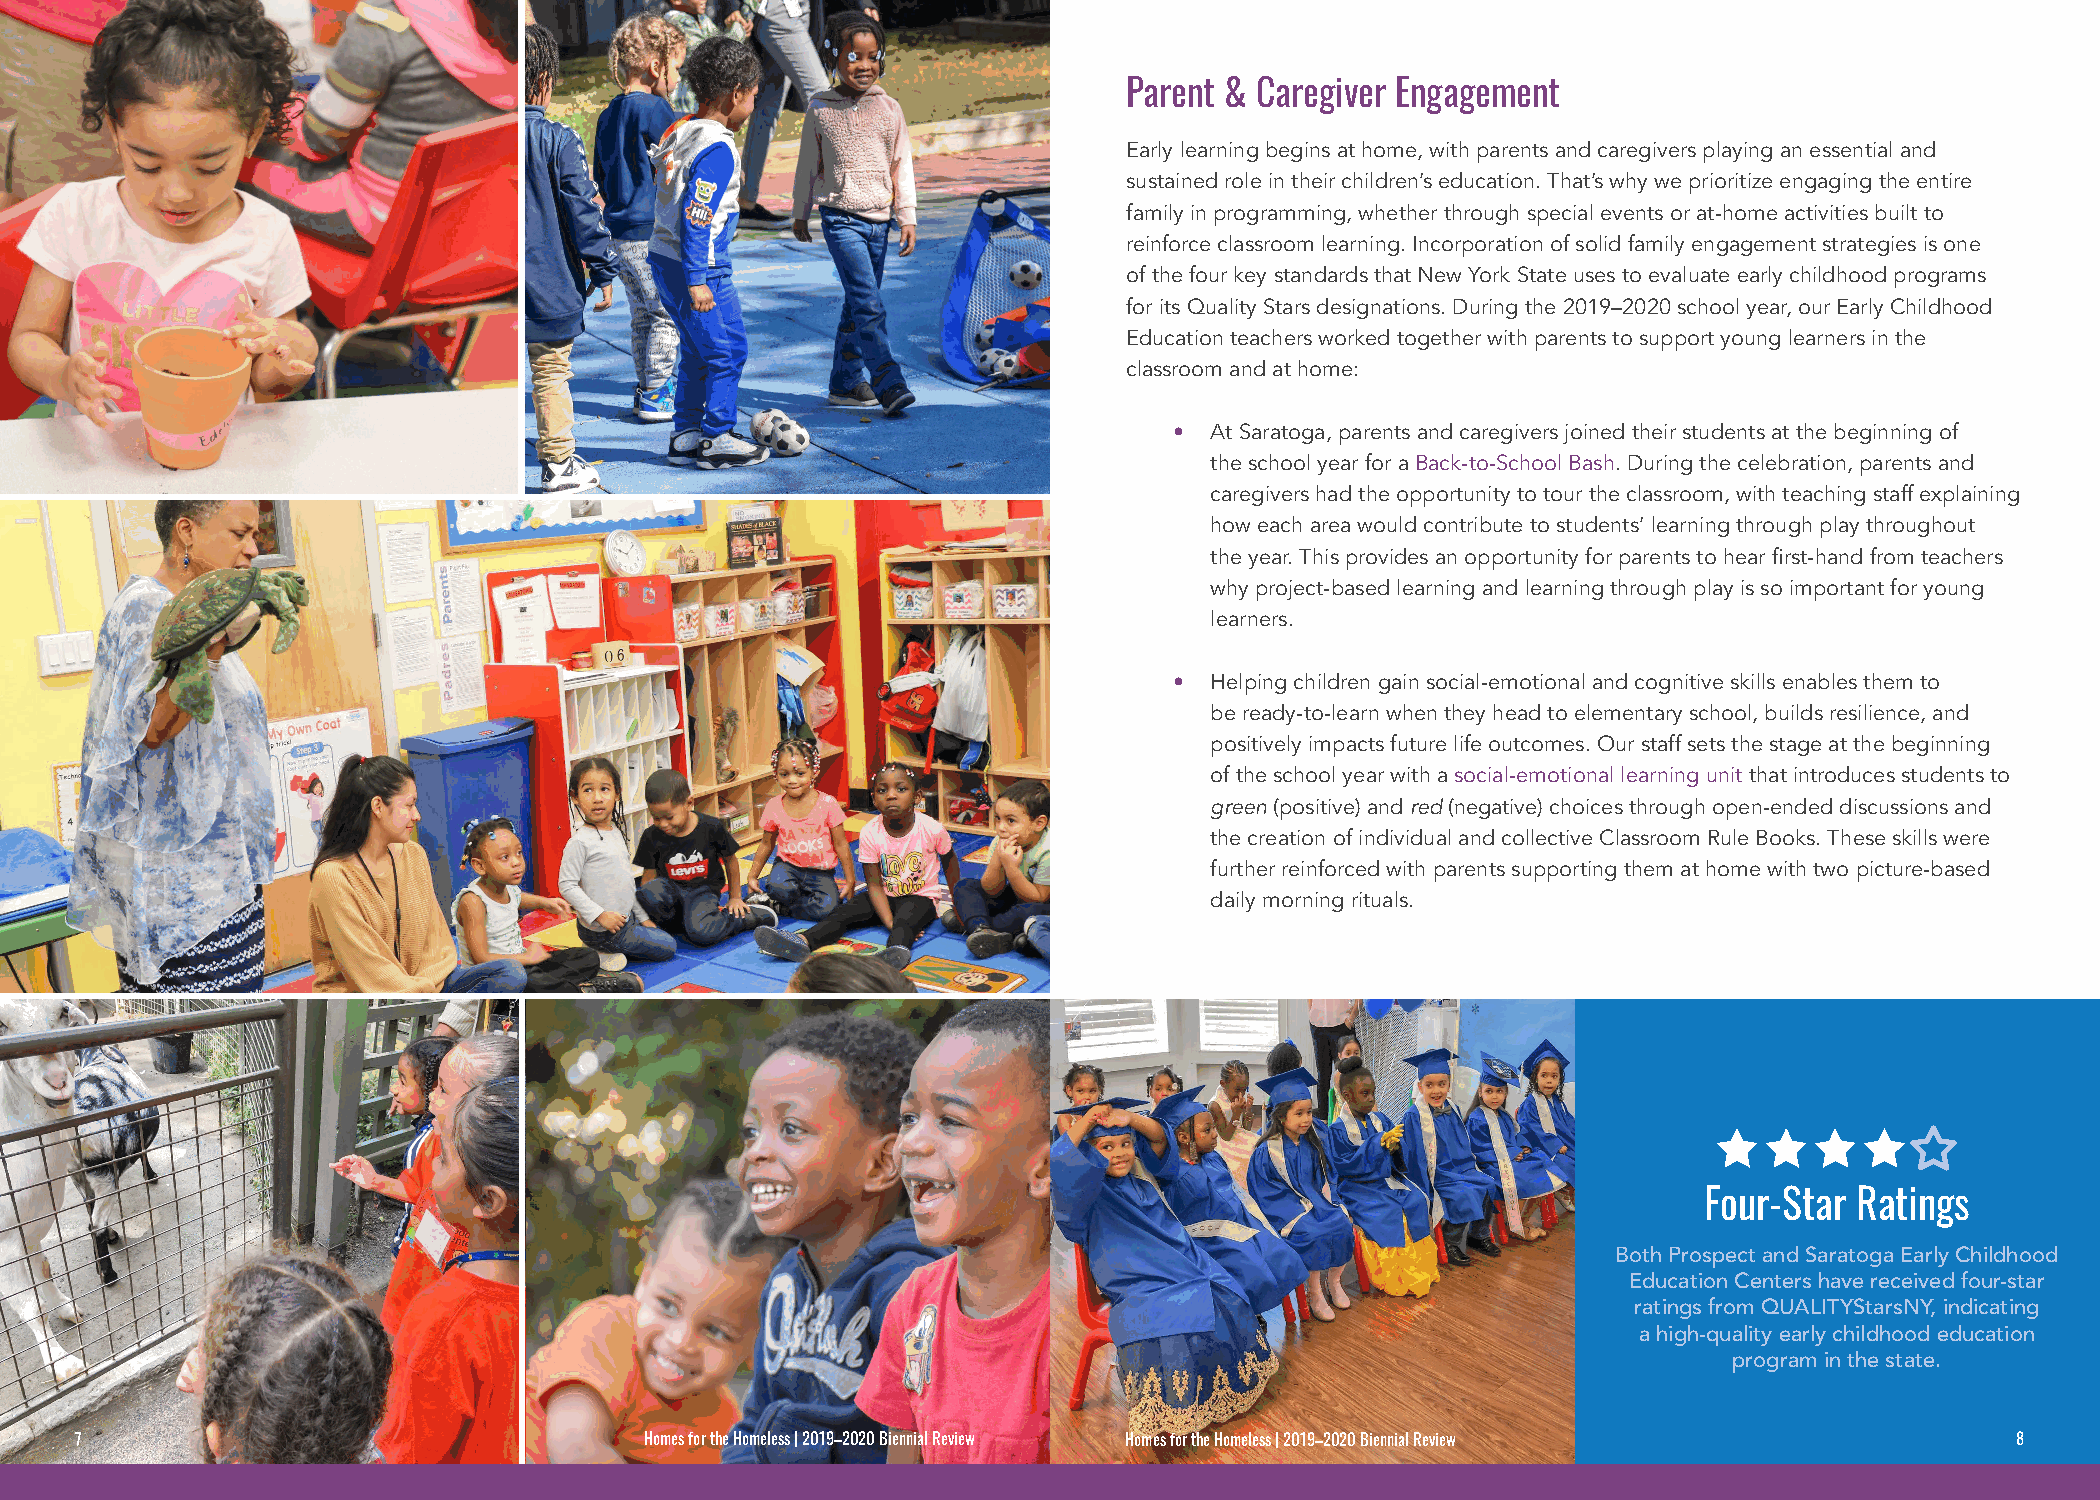
Parent & Caregiver Engagement
 Early learning begins at home, with parents and caregivers playing an essential and
 sustained role in their children’s education. That’s why we prioritize engaging the entire
 family in programming, whether through special events or at-home activities built to
 reinforce classroom learning. Incorporation of solid family engagement strategies is one
 of the four key standards that New York State uses to evaluate early childhood programs
 for its Quality Stars designations. During the 2019–2020 school year, our Early Childhood
 Education teachers worked together with parents to support young learners in the
 classroom and at home:
 • At Saratoga, parents and caregivers joined their students at the beginning of
 the school year for a Back-to-School Bash. During the celebration, parents and
 caregivers had the opportunity to tour the classroom, with teaching staff explaining
 how each area would contribute to students’ learning through play throughout
 the year. This provides an opportunity for parents to hear first-hand from teachers
 why project-based learning and learning through play is so important for young
 learners.
 • Helping children gain social-emotional and cognitive skills enables them to
 be ready-to-learn when they head to elementary school, builds resilience, and
 positively impacts future life outcomes. Our staff sets the stage at the beginning
 of the school year with a social-emotional learning unit that introduces students to
 green (positive) and red (negative) choices through open-ended discussions and
 the creation of individual and collective Classroom Rule Books. These skills were
 further reinforced with parents supporting them at home with two picture-based
 daily morning rituals.
 Four-Star Ratings
 Both Prospect and Saratoga Early Childhood
 Education Centers have received four-star
 ratings from QUALITYStarsNY, indicating
 a high-quality early childhood education
 program in the state.
 77                                    HHoommeess ffoorr tthhee HHoommeelleessss || 22001199––22002200 BBiieennnniiaall RReevviieeww HHoommeess ffoorr tthhee HHoommeelleessss || 22001199––22002200 BBiieennnniiaall RReevviieeww 88